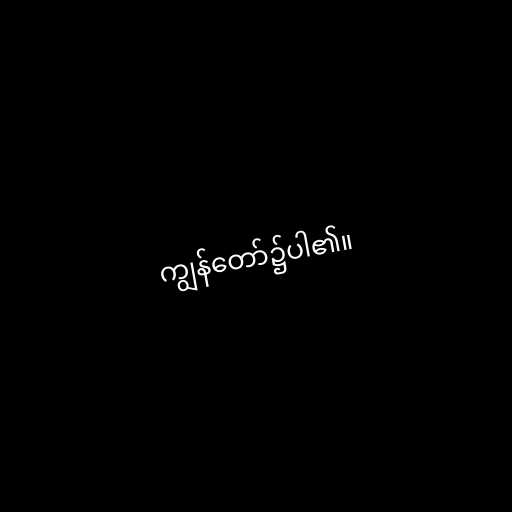
ကျွန်တော်၌ပါ၏။